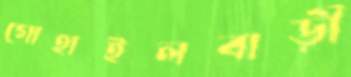
গোহাইলবাড়ী